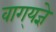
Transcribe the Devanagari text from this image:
वाग्‌यज्ञे